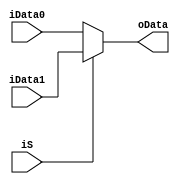
`timescale 1ns / 1ps
//////////////////////////////////////////////////////////////////////////////////
// Company: 
// Engineer: 
// 
// Design Name: 
// Module Name: MUX5bit2_1
// Project Name: 
// Target Devices: 
// Tool Versions: 
// Description: 
// 
// Dependencies: 
// 
// Revision:
// Revision 0.01 - File Created
// Additional Comments:
// 
//////////////////////////////////////////////////////////////////////////////////


module MUX5bit2_1(
   input [4:0]iData0,
   input [4:0]iData1,
   input iS,
   output reg [4:0]oData
    );
   always @(*)
   begin
   if(iS==2'b00)
     oData=iData0;
   else if(iS==2'b01)
     oData=iData1;
   else
     oData=5'b11111;
   end
endmodule